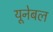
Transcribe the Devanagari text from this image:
यूनेबल